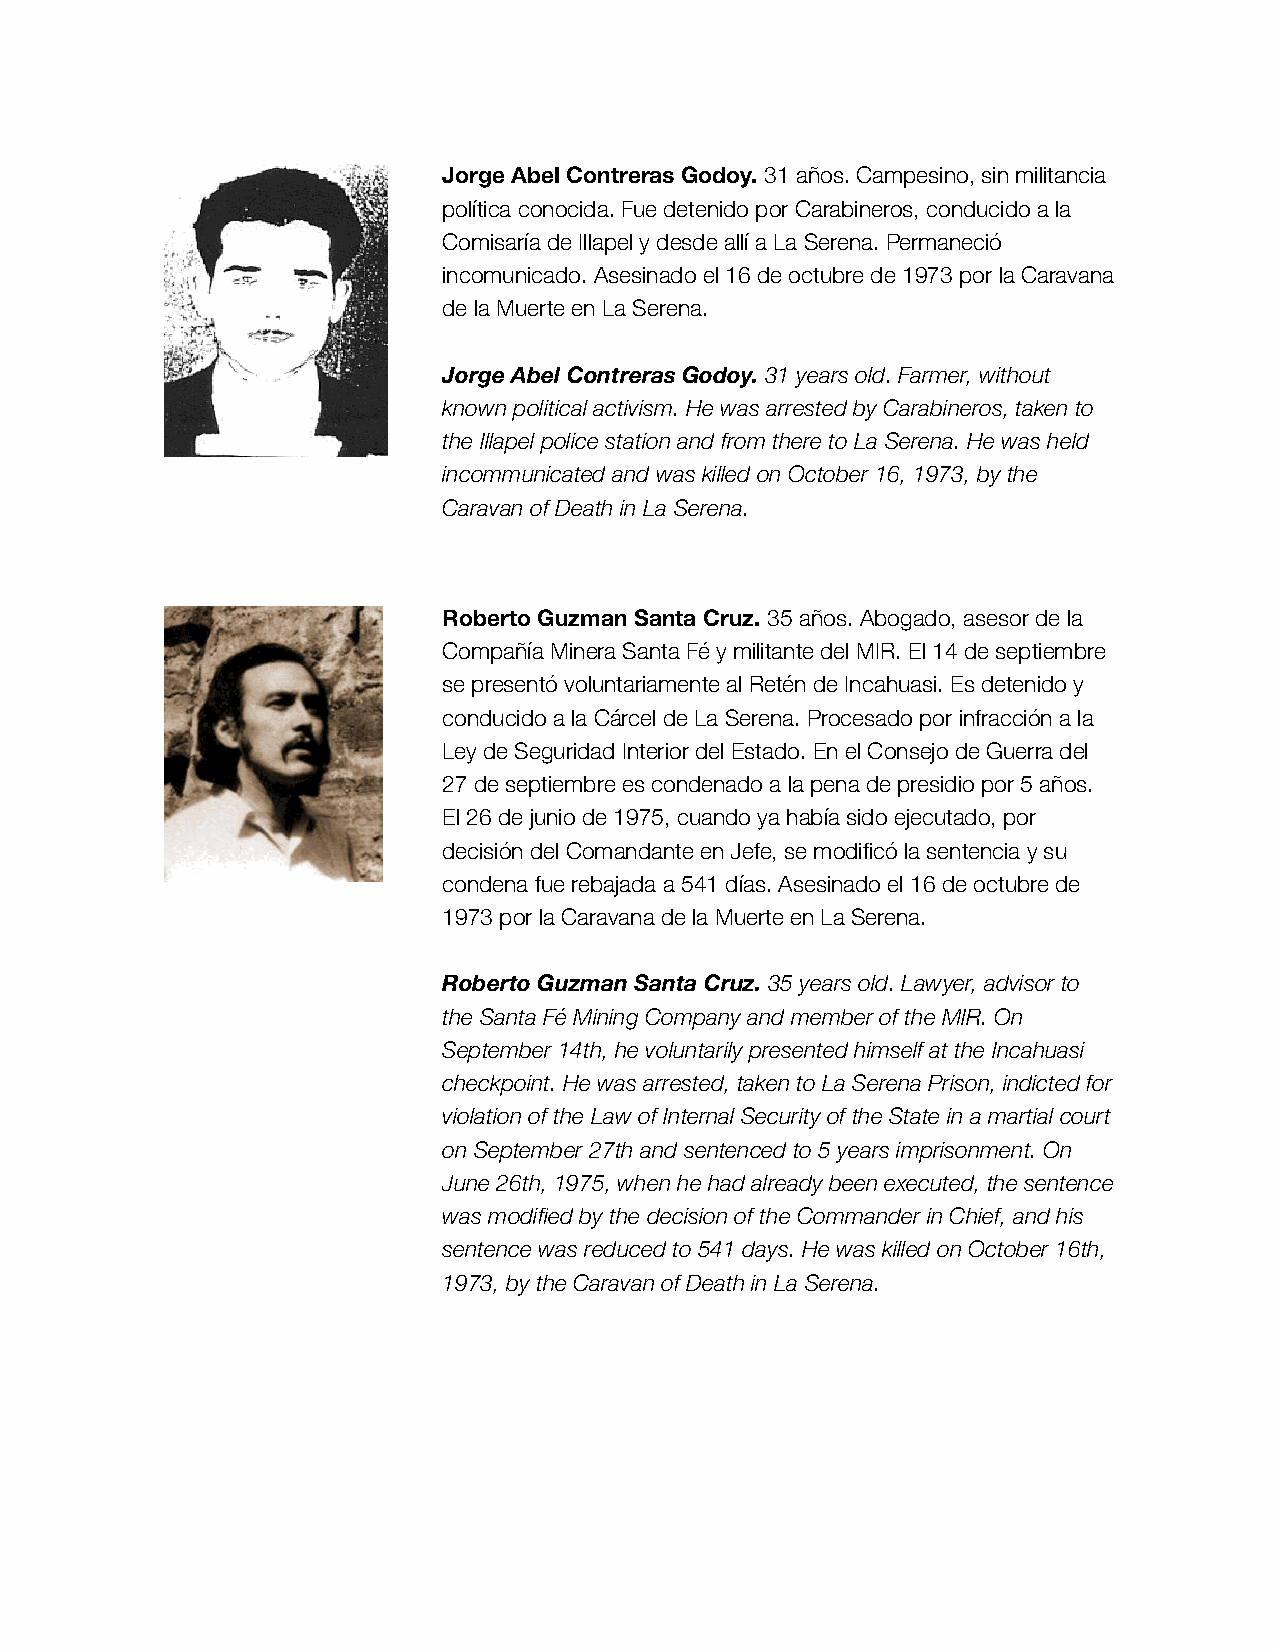
Jorge Abel Contreras Godoy. 31 años. Campesino, sin militancia
 política conocida. Fue detenido por Carabineros, conducido a la
 Comisaría de Illapel y desde allí a La Serena. Permaneció
 incomunicado. Asesinado el 16 de octubre de 1973 por la Caravana
 de la Muerte en La Serena.
 Jorge Abel Contreras Godoy. 31 years old. Farmer, without
 known political activism. He was arrested by Carabineros, taken to
 the Illapel police station and from there to La Serena. He was held
 incommunicated and was killed on October 16, 1973, by the
 Caravan of Death in La Serena.
 Roberto Guzman Santa Cruz. 35 años. Abogado, asesor de la
 Compañía Minera Santa Fé y militante del MIR. El 14 de septiembre
 se presentó voluntariamente al Retén de Incahuasi. Es detenido y
 conducido a la Cárcel de La Serena. Procesado por infracción a la
 Ley de Seguridad Interior del Estado. En el Consejo de Guerra del
 27 de septiembre es condenado a la pena de presidio por 5 años.
 El 26 de junio de 1975, cuando ya había sido ejecutado, por
 decisión del Comandante en Jefe, se modificó la sentencia y su
 condena fue rebajada a 541 días. Asesinado el 16 de octubre de
 1973 por la Caravana de la Muerte en La Serena.
 Roberto Guzman Santa Cruz. 35 years old. Lawyer, advisor to
 the Santa Fé Mining Company and member of the MIR. On
 September 14th, he voluntarily presented himself at the Incahuasi
 checkpoint. He was arrested, taken to La Serena Prison, indicted for
 violation of the Law of Internal Security of the State in a martial court
 on September 27th and sentenced to 5 years imprisonment. On
 June 26th, 1975, when he had already been executed, the sentence
 was modified by the decision of the Commander in Chief, and his
 sentence was reduced to 541 days. He was killed on October 16th,
 1973, by the Caravan of Death in La Serena.